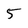
Character: 5